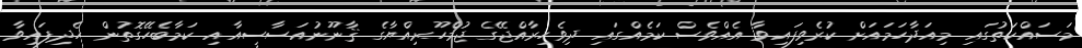
މަސައްކަތުގައި މިއަދާހަމައަށް ކުރެވިފައިވާ އެއްވެސް ކަމެއްގައި ދިވެހިރާއްޖޭގެ ޖުމްހޫރިއްޔާގެ ޤާނޫނުއަސާސީއާއި ކަމާބެހޭގޮތުން ހެދިފައިވާ